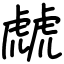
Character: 虤